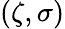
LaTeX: (\zeta,\sigma)